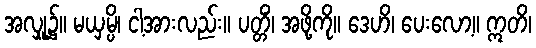
အလှုူ၌။ မယှမ္ပိ၊ ငါ့အားလည်း။ ပတ္တိံ၊ အဖို့ကို။ ဒေဟိ၊ ပေးလော့။ ဣတိ၊